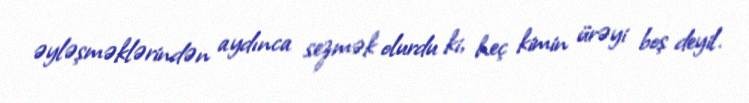
əyləşməklərindən aydınca sezmək olurdu ki, heç kimin ürəyi boş deyil.